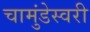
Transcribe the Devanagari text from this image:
चामुंडेस्वरी